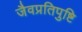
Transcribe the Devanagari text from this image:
जैवप्रतिपुष्टि